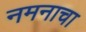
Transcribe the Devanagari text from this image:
नमनाचा